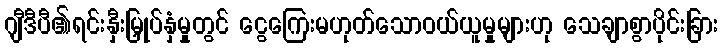
ဂျီဒီပီ၏ရင်းနှီးမြှုပ်နှံမှုတွင် ငွေကြေးမဟုတ်သောဝယ်ယူမှုများဟု သေချာစွာပိုင်းခြား